Report on horse surra - Volume I
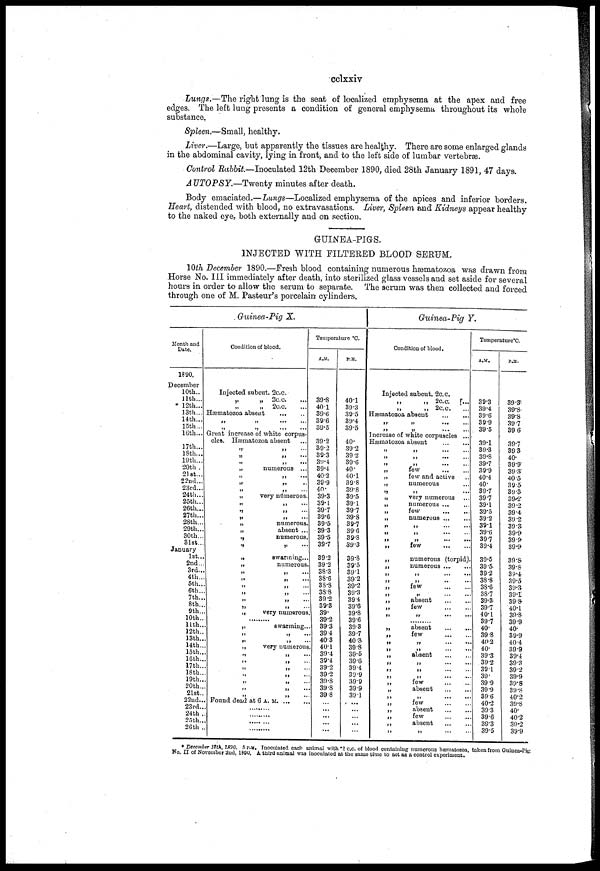
cclxxiv
Lungs.—The right lung is the seat of localized emphysema at the apex and free
edges. The left lung presents a condition of general emphysema throughout its whole
substance.
Spleen.—Small, healthy.
Liver.—Large, but apparently the tissues are healthy. There are some enlarged glands
in the abdominal cavity, lying in front, and to the left side of lumbar vertebræ.
Control Rabbit.—Inoculated 12th December 1890, died 28th January 1891, 47 days.
AUTOPSY.—Twenty
minutes after death.
Body emaciated.—Lungs—Localized emphysema of the apices and inferior borders.
Heart, distended with blood, no extravasations. Liver, Spleen and Kidneys appear healthy
to the naked eye, both externally and on section.
GUINEA-PIGS.
INJECTED WITH FILTERED BLOOD SERUM
10th December 1890.—Fresh blood containing numerous hæmatozoa was drawn from
Horse No. III. immediately after death, into sterilized glass vessels and set aside for several
hours in order to allow the serum to separate. The serum was then collected and forced
through one of M. Pasteur's porcelain cylinders.
Month and
Date.
1890.
December
10th..
11th...
*12th...
13th...
14th...
15th...
16th...
17th...
18th....
19th...
20th .
21st...
22nd...
23rd...
24th...
25th...
26th...
27th...
28th...
29th...
30th...
31st...
January
1st...
2nd...
3rd...
4th..
5th..
6th..
7th..
8th..
9th..
10th..
11th..
12th..
13th..
14th..
15th..
16th..
17th..
18th..
19th..
20th..
21st..
22nd..
23rd..
24th ...
25th...
26th ...
Guinea-Pig X.
Condition of blood.
Injected subcut. 2 c.c.
„
„
2
c.c.
...
„
„
2 c.c. ...
Hæmatozoa absent
„ „ ... ...
„
„
...
...
Great increase of white corpus-
cles. Hæmatozoa absent
„ „
„ „ ...
„ „ ...
„
numerous ...
„ „ ...
„ „ ...
„ „ ...
„
very numerous.
„ „ ...
„ „ ...
„ „ ...
„
numerous.
„
absent ...
„
numerous.
„
„
...
„
„
swarming...
„
numerous.
„ „ ...
„ „ ...
„ „ ...
„ „ ...
„ „ ...
„ „ ...
„
very numerous
„
swarming..
„ „ ...
„ „ ...
„
very numerous
„ „ ...
„ „ ...
„ „ ...
„ „ ...
„ „ ...
„ „ ...
„ „ ...
Found dead at 6 A. M. ... ...
.........
.........
.........
Temperature °C.
A.M.
39.8
40.1
39.6
39.6
39.5
39.2
39.2
39.3
39.4
39.4
40.2
39.9
40.
39.3
39.1
39.7
39.6
39.5
39.3
39.5
39.7
39.2
39.2
38.3
38.6
38.8
38.8
39.2
39.3
39.
39.2
39.3
39.4
40.3
40.1
39.4
39.4
39.2
39.2
39.8
39.8
39.8
...
....
....
...
P.M.
40.1
39.3
39.5
39.4
39.5
40.
39.2
39.2
39.6
40.
40.1
39.8
39.8
39.5
39.1
39.7
39.8
39.7
39.6
39.8
39.3
39.8
39.5
39.1
39.2
39.2
39.3
39.4
39.6
39.8
39.6
39.3
39.7
40.3
39.8
39.5
39.6
39.4
39.9
39.9
39.9
39.1
...
....
....
....
Guinea-Pig Y.
Condition of blood.
Injected subcut. 2c.c.
„
„ 2 c.c. ...
„
„ 2c.c.
Hæmatozoa absent
„ „ ...
„ „ ...
Increase of white corpuscles
...
Hæmatozoa absent
„ „ ...
„ „ ...
„ „ ...
„
few
„
few and active
„
numerous
„ „ ...
„
very numerous
„
numerous
„
few
„
numerous
„ „ ...
„ „ ...
„ „ ...
„
few
„
numerous (torpid).
„
numerous
„ „ ...
„ „ ...
„
few
„ „ ...
„
absent
„
few
„ „ ...
„
absent
„
few
„ „ ...
„ „ ...
„
absent
„ „ ...
„ „ ...
„ „ ...
„
few
„
absent
„ „ ...
„
few
„
absent
few
„
absent
„ „ ...
Temperature°C.
A.M.
39.3
39.4
39.6
39.9
39.5
39.1
39.3
39.8
39.7
39.9
40.4
40.
39.7
39.7
39.1
39.5
39.2
39.1
39.6
39.7
39.4
39.5
39.5
39.2
38.8
38.6
38.7
39.3
39.7
40.1
39.7
40.
39.8
40.2
40.
39.3
39.2
39.1
39.
39.9
39.9
39.6
40.2
39.3
39.6
39.3
39.5
P.M.
39.3
39.8
39.8
39.7
39.6
39.7
39.3
40.
39.9
39.3
40.5
39.5
39.3
39.2
39.2
39.4
39.2
39.3
39.9
39.9
39.9
39.8
39.8
39.4
39.5
39.3
39.1
39.8
40.1
39.8
39.9
40.
39.9
40.4
39.9
39.4
39.3
39.2
39.9
39.8
39.8
40.2
39.8
40.
40.2
39.2
39.9
* December 12th, 1890. 5 P.M. Inoculated each animal with .2 c.c. of blood containing numerous hæmatozoa, taken from Guinea-Pig
No. II of November 2nd, 1890. A third animal was inoculated at the same time to act as a control experiment.